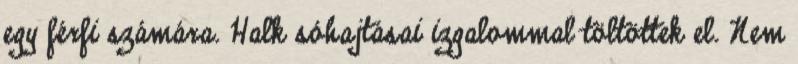
egy férfi számára. Halk sóhajtásai izgalommal töltöttek el. Nem